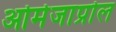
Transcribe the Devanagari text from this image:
ओमेजाप्रोल